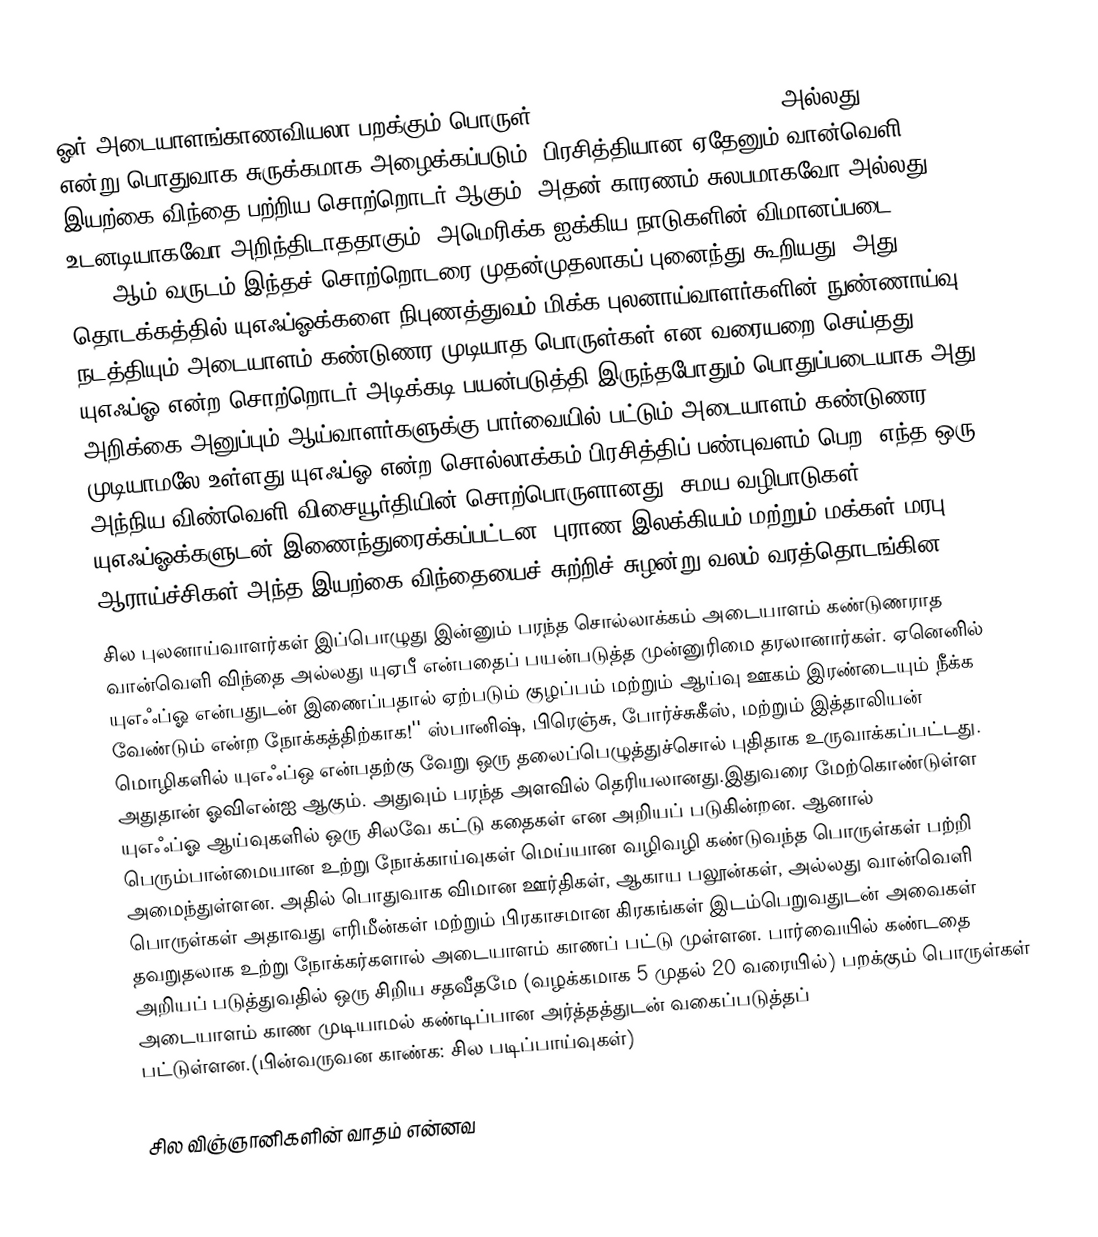
ஓர் அடையாளங்காணவியலா பறக்கும் பொருள் (Unidentified flying object அல்லது UFO என்று பொதுவாக சுருக்கமாக அழைக்கப்படும்) பிரசித்தியான ஏதேனும் வான்வெளி இயற்கை விந்தை பற்றிய சொற்றொடர் ஆகும். அதன் காரணம் சுலபமாகவோ அல்லது உடனடியாகவோ அறிந்திடாததாகும். அமெரிக்க ஐக்கிய நாடுகளின் விமானப்படை 1952-ஆம் வருடம் இந்தச் சொற்றொடரை முதன்முதலாகப் புனைந்து கூறியது. அது தொடக்கத்தில் யுஎஃப்ஓக்களை நிபுணத்துவம் மிக்க புலனாய்வாளர்களின் நுண்ணாய்வு நடத்தியும் அடையாளம் கண்டுணர முடியாத பொருள்கள் என வரையறை செய்தது. யுஎஃப்ஓ என்ற சொற்றொடர் அடிக்கடி பயன்படுத்தி இருந்தபோதும் பொதுப்படையாக அது அறிக்கை அனுப்பும் ஆய்வாளர்களுக்கு பார்வையில் பட்டும் அடையாளம் கண்டுணர முடியாமலே உள்ளது.யுஎஃப்ஓ என்ற சொல்லாக்கம் பிரசித்திப் பண்புவளம் பெற, எந்த ஒரு அந்நிய விண்வெளி விசையூர்தியின் சொற்பொருளானது. சமய வழிபாடுகள் யுஎஃப்ஓக்களுடன் இணைந்துரைக்கப்பட்டன. புராண இலக்கியம் மற்றும் மக்கள் மரபு ஆராய்ச்சிகள் அந்த இயற்கை விந்தையைச் சுற்றிச் சுழன்று வலம் வரத்தொடங்கின.
சில புலனாய்வாளர்கள் இப்பொழுது இன்னும் பரந்த சொல்லாக்கம் அடையாளம் கண்டுணராத வான்வெளி விந்தை அல்லது யுஏபீ  என்பதைப் பயன்படுத்த முன்னுரிமை தரலானார்கள். ஏனெனில்  யுஎஃப்ஓ என்பதுடன் இணைப்பதால் ஏற்படும் குழப்பம் மற்றும் ஆய்வு ஊகம் இரண்டையும் நீக்க வேண்டும் என்ற நோக்கத்திற்காக!'' ஸ்பானிஷ், பிரெஞ்சு, போர்ச்சுகீஸ், மற்றும் இத்தாலியன் மொழிகளில் யுஎஃப்ஒ என்பதற்கு வேறு ஒரு தலைப்பெழுத்துச்சொல் புதிதாக உருவாக்கப்பட்டது. அதுதான் ஓவிஎன்ஐ ஆகும். அதுவும் பரந்த அளவில் தெரியலானது.இதுவரை மேற்கொண்டுள்ள யுஎஃப்ஓ ஆய்வுகளில் ஒரு சிலவே கட்டு கதைகள் என அறியப் படுகின்றன. ஆனால் பெரும்பான்மையான உற்று நோக்காய்வுகள் மெய்யான வழிவழி கண்டுவந்த பொருள்கள் பற்றி அமைந்துள்ளன. அதில் பொதுவாக விமான ஊர்திகள், ஆகாய பலூன்கள், அல்லது வான்வெளி பொருள்கள் அதாவது எரிமீன்கள் மற்றும் பிரகாசமான கிரகங்கள் இடம்பெறுவதுடன் அவைகள் தவறுதலாக உற்று நோக்கர்களால் அடையாளம் காணப் பட்டு முள்ளன. பார்வையில் கண்டதை அறியப் படுத்துவதில் ஒரு சிறிய சதவீதமே (வழக்கமாக 5 முதல் 20 வரையில்) பறக்கும் பொருள்கள் அடையாளம் காண முடியாமல் கண்டிப்பான அர்த்தத்துடன் வகைப்படுத்தப் பட்டுள்ளன.(பின்வருவன காண்க: சில படிப்பாய்வுகள்)

சில விஞ்ஞானிகளின் வாதம் என்னவ